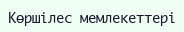
Көршілес мемлекеттері